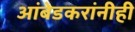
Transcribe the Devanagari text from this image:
आंबेडकरांनीही